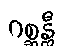
ဂစ္ဆန္တီ